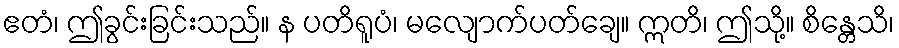
ဧတံ၊ ဤခွင်းခြင်းသည်။ န ပတိရူပံ၊ မလျောက်ပတ်ချေ။ ဣတိ၊ ဤသို့။ စိန္တေသိ၊